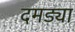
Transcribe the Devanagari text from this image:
दमड्या